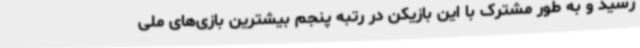
رسید و به طور مشترک با این بازیکن در رتبه پنجم بیشترین بازی‌های ملی